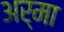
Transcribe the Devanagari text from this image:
अर्मा